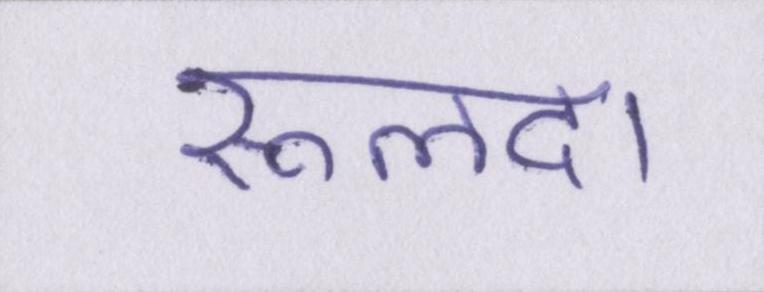
रूलदा